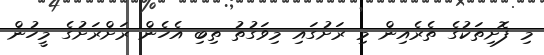
މި ފޮށިތަކުގެ ތެރެއިން މި ރަށުގައި މިވަގުތު ތިބި އެހެން ރަށްރަށުގެ މީހުން